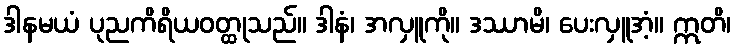
ဒါနမယံ ပုညကိရိယဝတ္ထုသည်။ ဒါနံ၊ အလှူကို။ ဒဿာမိ၊ ပေးလှူအံ့။ ဣတိ၊